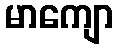
မာကျော